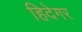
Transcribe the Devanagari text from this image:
हिदेगर